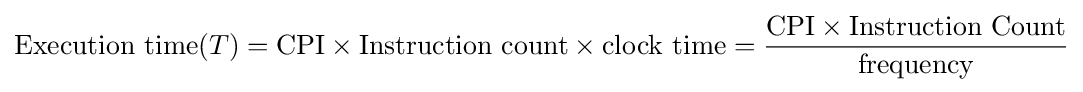
{\text{Execution time}}(T)={\text{CPI}}\times {\text{Instruction count}}\times {\text{clock time}}={\frac {{\text{CPI}}\times {\text{Instruction Count}}}{\text{frequency}}}